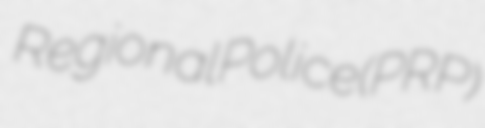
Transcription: Regional Police (PRP)